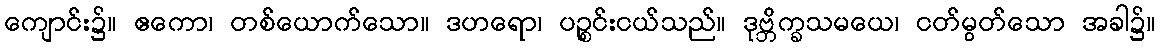
ကျောင်း၌။ ဧကော၊ တစ်ယောက်သော။ ဒဟရော၊ ပဉ္စင်းငယ်သည်။ ဒုဗ္ဘိက္ခသမယေ၊ ငတ်မွတ်သော အခါ၌။